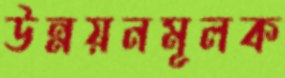
উন্নয়নমূলক